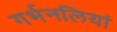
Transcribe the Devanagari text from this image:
गर्भनलियां